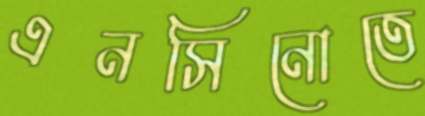
এনসিনোতে